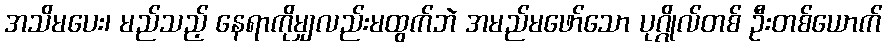
အသိမပေး၊ မည်သည့် နေရာကိုမျှလည်းမထွက်ဘဲ အမည်မဖော်သော ပုဂ္ဂိုလ်တစ် ဦးတစ်ယောက်